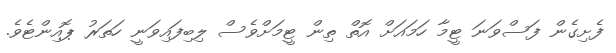
ފެށިގެން ފަސްވަނަ ޓީމާ ހަމައަށް އޮތް ތިން ޓީމަށްވެސް ލިބިފައިވަނީ ހަތަރު ޕޮއިންޓެވެ.